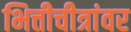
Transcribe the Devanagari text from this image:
भित्तीचीत्रांवर